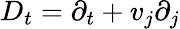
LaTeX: D_{t}=\partial_{t}+v_{j}\partial_{j}